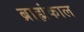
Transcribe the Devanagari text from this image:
ब्राह्मंकाल